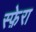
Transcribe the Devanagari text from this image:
स्फ़ेरा